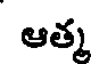
ఆత్మ